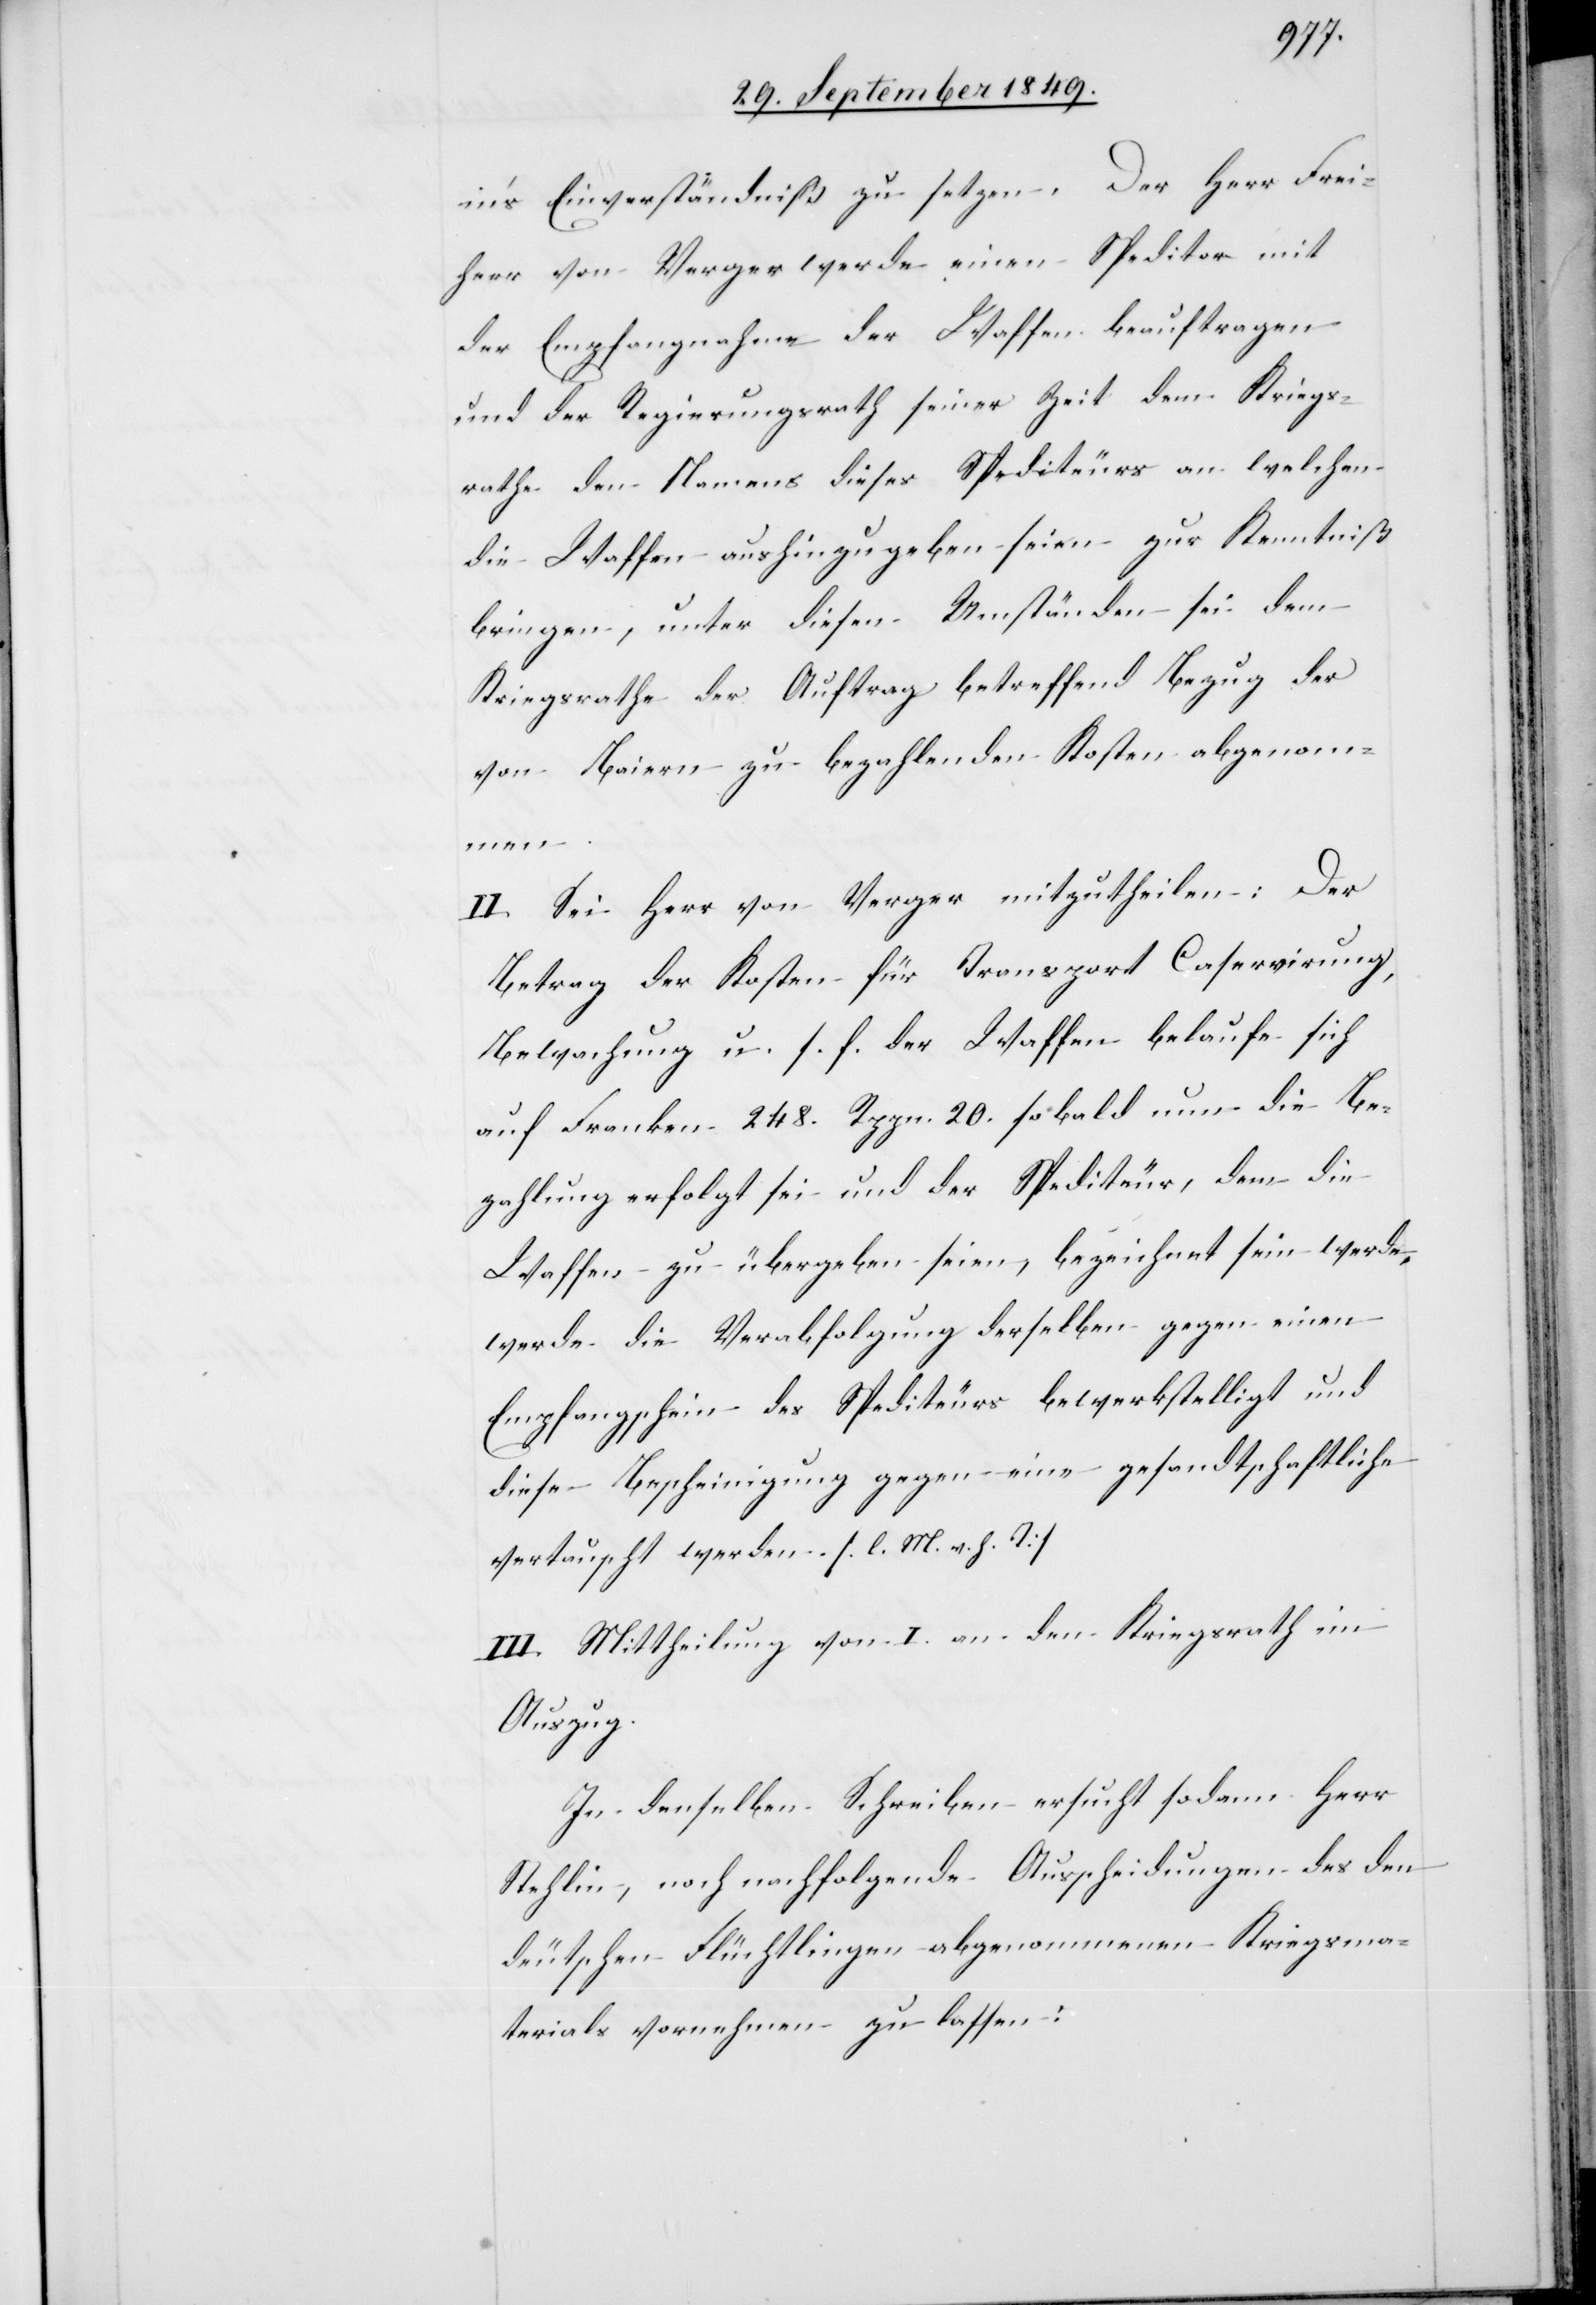
in’s Einverständniß zu setzen. Der Herr Frei¬
herr von Verger werde einen Speditor mit
der Empfangnahme der Waffen beauftragen
und der Regierungsrath seiner Zeit dem Kriegs¬
rathe den Namens dieses Spediteurs an welchen
die Waffen aushinzugeben seien zur Kenntniß
bringen, unter diesen Umständen sei dem
Kriegsrathe der Auftrag betreffend Bezug des
von Baiern zu bezahlenden Kosten abgenomm¬
en.
II. Sei Herr von Verger mitzutheilen: Der
Betrag der Kosten für Transport Caservirung,
Bewachung u. s. f. der Waffen belaufe sich
auf Franken 248. Rppn. 20. sobald nun die Be¬
zahlung erfolgt sei und der Spediteur, dem die
Waffen zu übergeben seien, bezeichnet sein werde,
werde die Verabfolgung derselben gegen einen
Empfangschein des Spediteurs bewerkstelligt und
diese Bescheinigung gegen eine gesandtschaftliche
vertauscht werden. [l. M. v. h. T]
III. Mittheilung von I. an den Kriegsrath im
Auszug.
In denselben [sic!] Schreiben ersucht sodann Herr
Stehlin, noch nachfolgende Ausscheidungen des den
deutschen Flüchtlingen abgenommenen Kriegsma¬
terials vornehmen zu lassen: